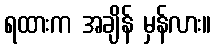
ရထားက အချိန် မှန်လား။